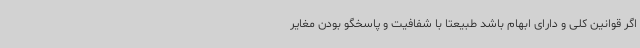
اگر قوانین کلی و دارای ابهام باشد طبیعتا با شفافیت و پاسخگو بودن مغایر